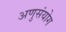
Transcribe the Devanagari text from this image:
अणुसंयोग